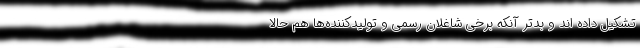
تشکیل داده اند و بدتر آنکه برخی شاغلان رسمی و تولیدکننده‌ها هم حالا